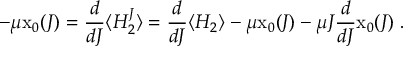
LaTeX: - \mu \mathrm { x } _ { 0 } ( J ) = \frac { d } { d J } \langle H _ { 2 } ^ { J } \rangle = \frac { d } { d J } \langle H _ { 2 } \rangle - \mu \mathrm { x } _ { 0 } ( J ) - \mu J \frac { d } { d J } \mathrm { x } _ { 0 } ( J ) \; .